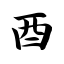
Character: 酉